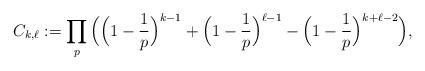
LaTeX: \begin{align*} C_{k,\ell} := \prod_p \Big( \Big(1-\frac{1}{p} \Big )^{k-1} + \Big(1-\frac{1}{p} \Big )^{\ell-1} - \Big ( 1-\frac{1}{p} \Big )^{k+\ell-2} \Big ),\end{align*}